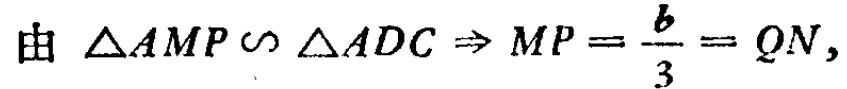
由 $\triangle AMP \sim \triangle ADC \Rightarrow MP = \frac{b}{3} = QN,$